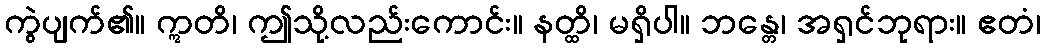
ကွဲပျက်၏။ ဣတိ၊ ဤသို့လည်းကောင်း။ နတ္ထိ၊ မရှိပါ။ ဘန္တေ၊ အရှင်ဘုရား။ ဧတံ၊